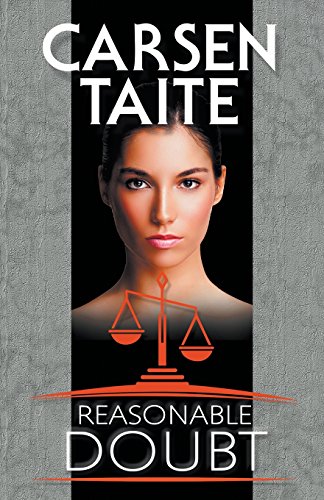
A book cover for Reasonable Doubt; Carsen Taite; Romance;